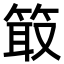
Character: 箃